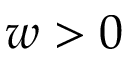
w > 0